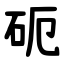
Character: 砈